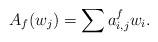
LaTeX: \begin{align*}A_f(w_j)=\sum a^f_{i,j}w_i.\end{align*}